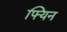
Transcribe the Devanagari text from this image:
फ्यिन